Annual administration report of the Civil Veterinary Department of India - 1904-1905
Year: 1904
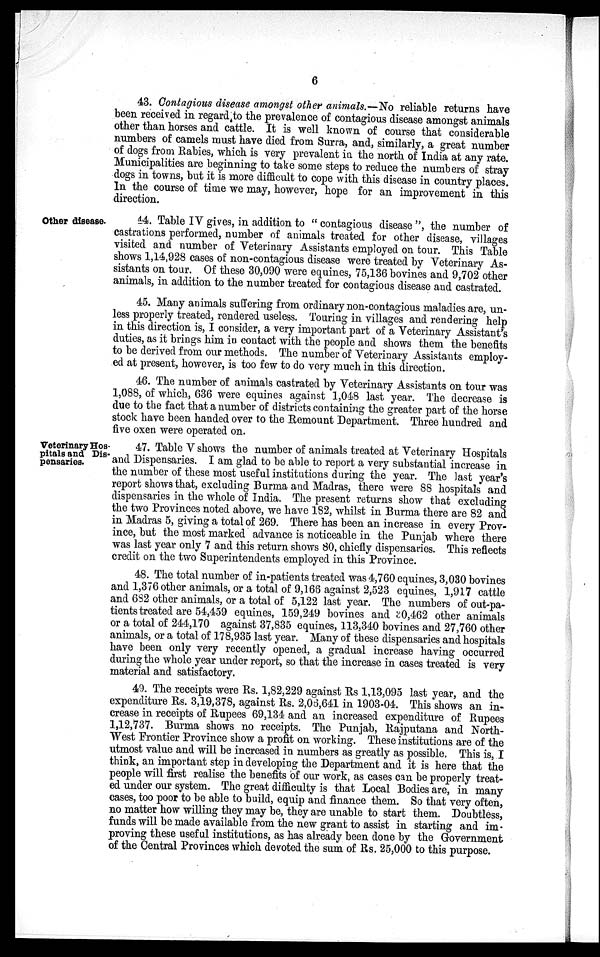
6
43. Contagious disease amongst other animals.—No reliable returns have
been received in regard to the prevalence of contagious disease amongst animals
other than horses and cattle. It is well known of course that considerable
numbers of camels must have died from Surra, and, similarly, a great number
of dogs from Rabies, which is very prevalent in the north of India at any rate.
Municipalities are beginning to take some steps to reduce the numbers of stray
dogs in towns, but it is more difficult to cope with this disease in country places.
In the course of time we may, however, hope for an improvement in this
direction.
Other disease.
44. Table IV gives, in addition to " contagious disease ", the number of
castrations performed, number of animals treated for other disease, villages
visited and number of Veterinary Assistants employed on tour. This Table
shows 1,14,928 cases of non-contagious disease were treated by Veterinary As-
sistants on tour. Of these 30,090 were equines, 75,136 bovines and 9,702 other
animals, in addition to the number treated for contagious disease and castrated.
45. Many animals suffering from ordinary non-contagious maladies are, un-
less properly treated, rendered useless. Touring in villages and rendering help
in this direction is, I consider, a very important part of a Veterinary Assistant's
duties, as it brings him in contact with the people and shows them the benefits
to be derived from our methods. The number of Veterinary Assistants employ-
ed at present, however, is too few to do very much in this direction.
46. The number of animals castrated by Veterinary Assistants on tour was
1,088, of which, 636 were equines against 1,048 last year. The decrease is
due to the fact that a number of districts containing the greater part of the horse
stock have been handed over to the Remount Department. Three hundred and
five oxen were operated on.
Veterinary Hos-
pitals and Dis-
pensaries.
47. Table V shows the number of animals treated at Veterinary Hospitals
and Dispensaries. I am glad to be able to report a very substantial increase in
the number of these most useful institutions during the year. The last year's
report shows that, excluding Burma and Madras, there were 88 hospitals and
dispensaries in the whole of India. The present returns show that excluding
the two Provinces noted above, we have 182, whilst in Burma there are 82 and
in Madras 5, giving a total of 269. There has been an increase in every Prov-
ince, but the most marked advance is noticeable in the Punjab where there
was last year only 7 and this return shows 80, chiefly dispensaries. This reflects
credit on the two Superintendents employed in this Province.
48. The total number of in-patients treated was 4,760 equines, 3,030 bovines
and 1,376 other animals, or a total of 9,166 against 2,523 equines, 1,917 cattle
and 682 other animals, or a total of 5,122 last year. The numbers of out-pa-
tients treated are 54,459 equines, 159,249 bovines and 30,462 other animals
or a total of 244,170 against 37,835 equines, 113,340 bovines and 27,760 other
animals, or a total of 178,935 last year. Many of these dispensaries and hospitals
have been only very recently opened, a gradual increase having occurred
during the whole year under report, so that the increase in cases treated is very
material and satisfactory.
49. The receipts were Rs. 1,82,229 against Rs 1,13,095 last year, and the
expenditure Rs. 3,19,378, against Rs. 2,06,641 in 1903-04. This shows an in-
crease in receipts of Rupees 69,134 and an increased expenditure of Rupees
1,12,737. Burma shows no receipts. The Punjab, Rajputana and North-
West Frontier Province show a profit on working. These institutions are of the
utmost value and will be increased in numbers as greatly as possible. This is, I
think, an important step in developing the Department and it is here that the
people will first realise the benefits of our work, as cases can be properly treat-
ed under our system. The great difficulty is that Local Bodies are, in many
cases, too poor to be able to build, equip and finance them. So that very often,
no matter how willing they may be, they are unable to start them. Doubtless,
funds will be made available from the new grant to assist in starting and im-
proving these useful institutions, as has already been done by the Government
of the Central Provinces which devoted the sum of Rs. 25,000 to this purpose.